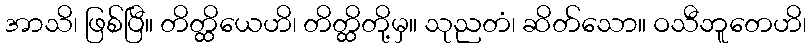
အာသိ၊ ဖြစ်ပြီ။ တိတ္ထိယေဟိ၊ တိတ္ထိတို့မှ။ သုညတံ၊ ဆိတ်သော။ ဝသီဘူတေဟိ၊